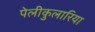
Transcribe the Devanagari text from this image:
पेलीकुलारिया